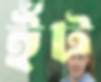
ইঁট